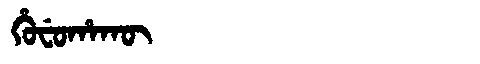
Manchu: ᡥᡠᠸᡠᡥᠠᡴᡡ
Romanization: HUFUHAKŪ